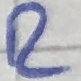
Text: R